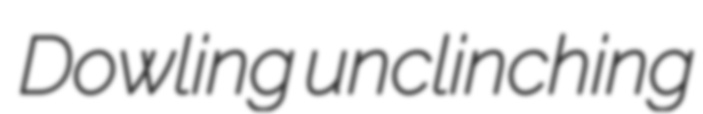
Dowling unclinching